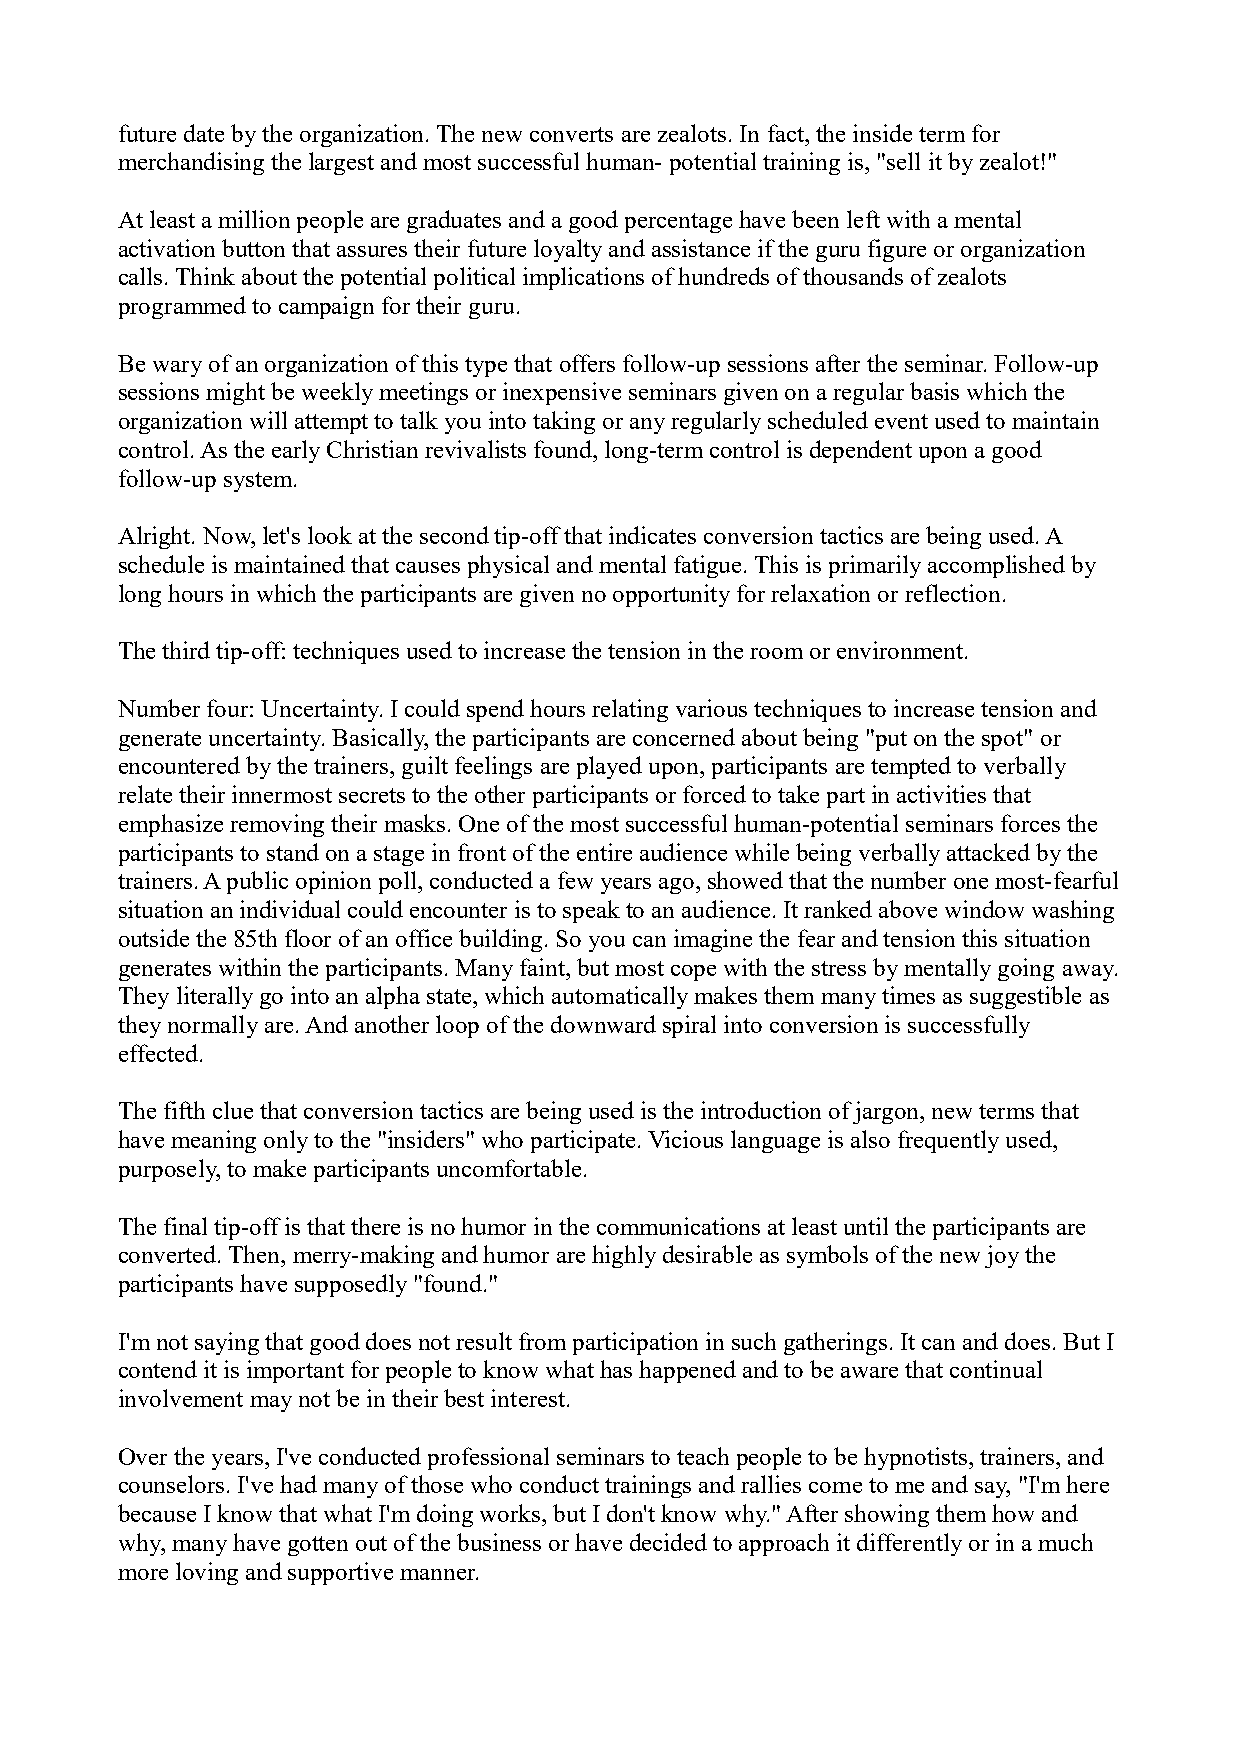
future date by the organization. The new converts are zealots. In fact, the inside term for
 merchandising the largest and most successful human- potential training is, "sell it by zealot!"
 At least a million people are graduates and a good percentage have been left with a mental
 activation button that assures their future loyalty and assistance if the guru figure or organization
 calls. Think about the potential political implications of hundreds of thousands of zealots
 programmed to campaign for their guru.
 Be wary of an organization of this type that offers follow-up sessions after the seminar. Follow-up
 sessions might be weekly meetings or inexpensive seminars given on a regular basis which the
 organization will attempt to talk you into taking or any regularly scheduled event used to maintain
 control. As the early Christian revivalists found, long-term control is dependent upon a good
 follow-up system.
 Alright. Now, let's look at the second tip-off that indicates conversion tactics are being used. A
 schedule is maintained that causes physical and mental fatigue. This is primarily accomplished by
 long hours in which the participants are given no opportunity for relaxation or reflection.
 The third tip-off: techniques used to increase the tension in the room or environment.
 Number four: Uncertainty. I could spend hours relating various techniques to increase tension and
 generate uncertainty. Basically, the participants are concerned about being "put on the spot" or
 encountered by the trainers, guilt feelings are played upon, participants are tempted to verbally
 relate their innermost secrets to the other participants or forced to take part in activities that
 emphasize removing their masks. One of the most successful human-potential seminars forces the
 participants to stand on a stage in front of the entire audience while being verbally attacked by the
 trainers. A public opinion poll, conducted a few years ago, showed that the number one most-fearful
 situation an individual could encounter is to speak to an audience. It ranked above window washing
 outside the 85th floor of an office building. So you can imagine the fear and tension this situation
 generates within the participants. Many faint, but most cope with the stress by mentally going away.
 They literally go into an alpha state, which automatically makes them many times as suggestible as
 they normally are. And another loop of the downward spiral into conversion is successfully
 effected.
 The fifth clue that conversion tactics are being used is the introduction of jargon, new terms that
 have meaning only to the "insiders" who participate. Vicious language is also frequently used,
 purposely, to make participants uncomfortable.
 The final tip-off is that there is no humor in the communications at least until the participants are
 converted. Then, merry-making and humor are highly desirable as symbols of the new joy the
 participants have supposedly "found."
 I'm not saying that good does not result from participation in such gatherings. It can and does. But I
 contend it is important for people to know what has happened and to be aware that continual
 involvement may not be in their best interest.
 Over the years, I've conducted professional seminars to teach people to be hypnotists, trainers, and
 counselors. I've had many of those who conduct trainings and rallies come to me and say, "I'm here
 because I know that what I'm doing works, but I don't know why." After showing them how and
 why, many have gotten out of the business or have decided to approach it differently or in a much
 more loving and supportive manner.